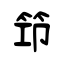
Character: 笻